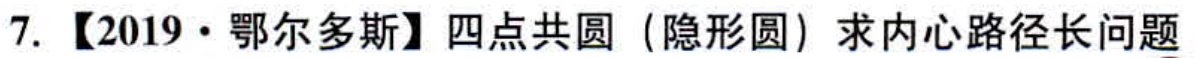
7.【2019·鄂尔多斯】四点共圆（隐形圆）求内心路径长问题